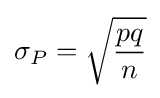
\sigma _{P}={\sqrt {\frac {pq}{n}}}